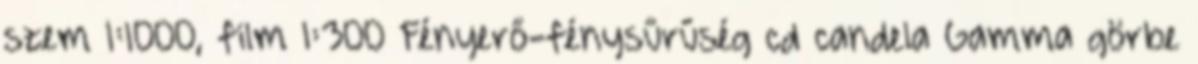
szem 1:1000, film 1:300 Fényerő-fénysűrűség cd candela Gamma görbe